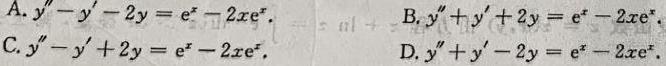
A. $y'' - y' - 2y = e^{x}-2xe^{x}$.
B. $y'' + y' + 2y = e^{x}-2xe^{x}$.
C. $y'' - y' + 2y = e^{x}-2xe^{x}$.
D. $y'' + y' - 2y = e^{x}-2xe^{x}$.